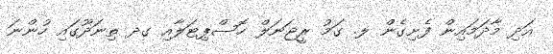
އަދި މާދަމައިން ފެށިގެން ލ. ގަމު ރީޖަނަލް ހޮސްޕިޓަލާއި ގދ ތިނަދޫގައި ހުންނަ